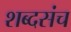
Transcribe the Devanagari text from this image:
शब्दसंच